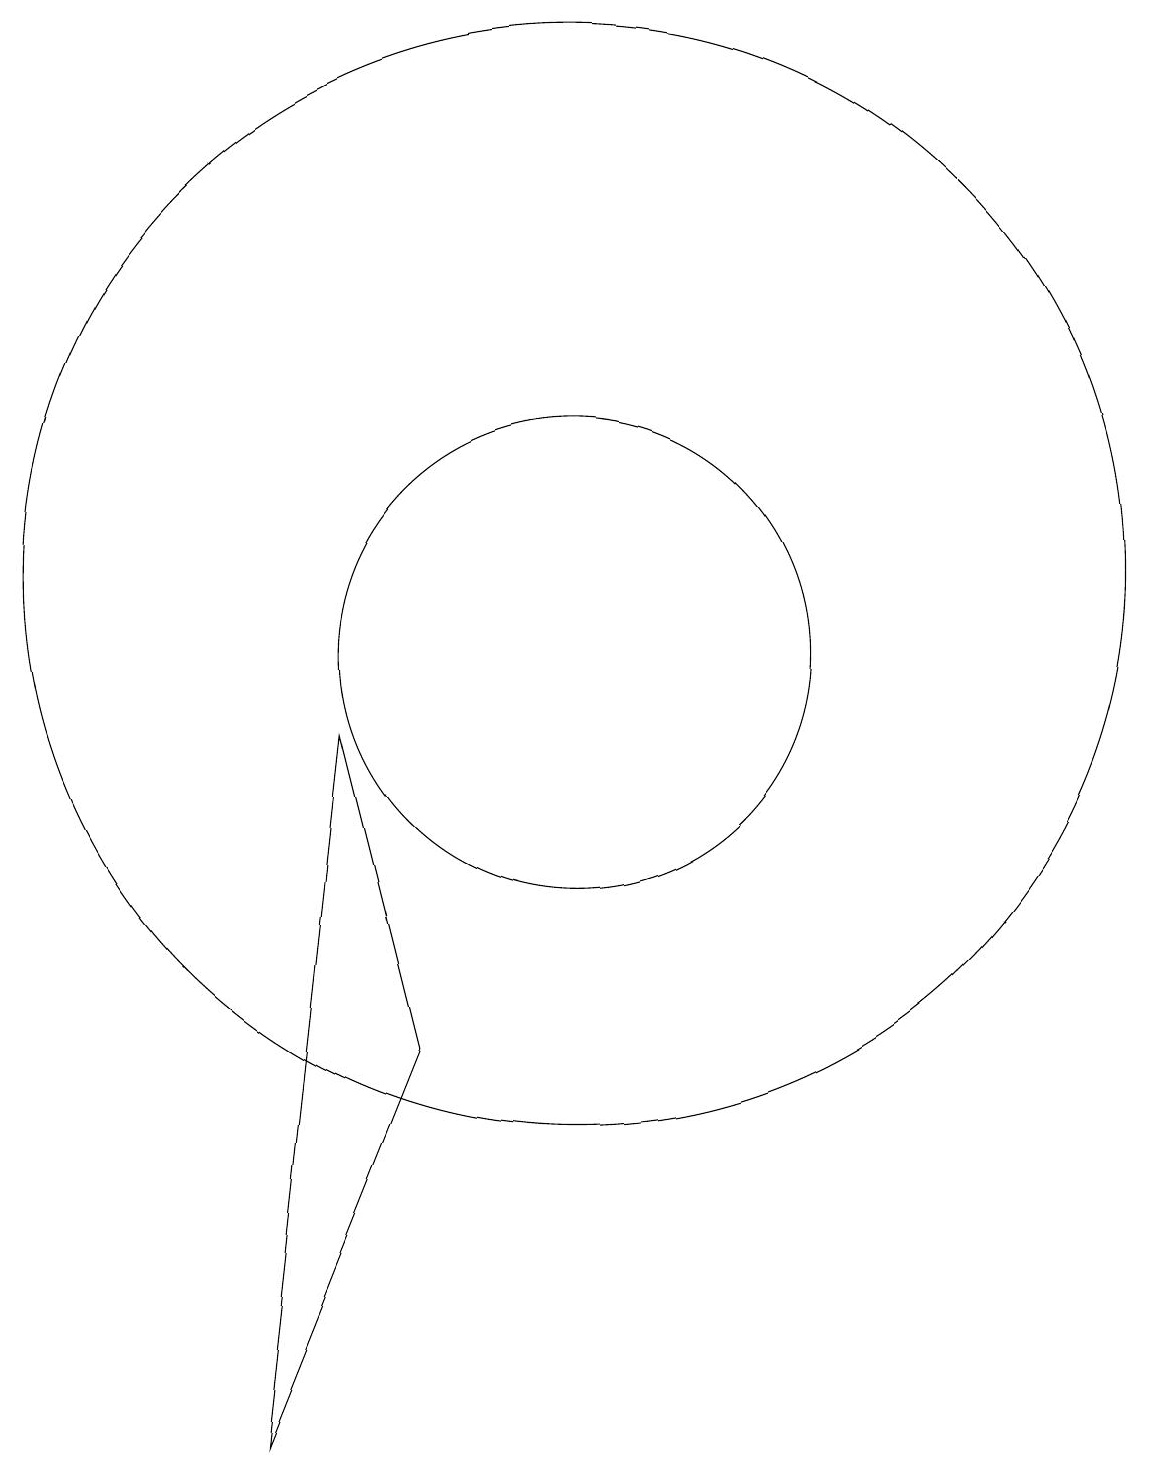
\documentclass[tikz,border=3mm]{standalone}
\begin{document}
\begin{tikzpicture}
\draw (10,11) circle (7);
\draw (6,0) -- (7,9) -- (8,5) -- cycle;
\draw (10,10) circle (3);
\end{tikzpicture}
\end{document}